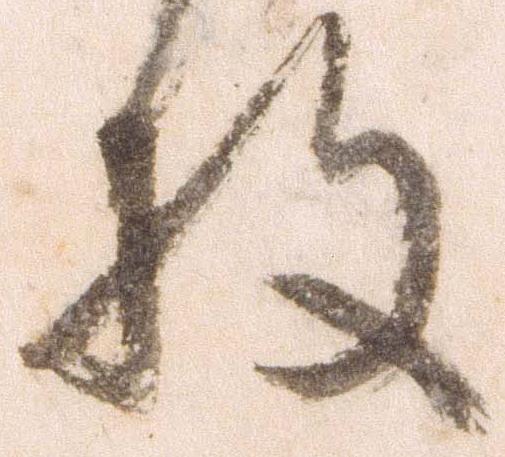
枚